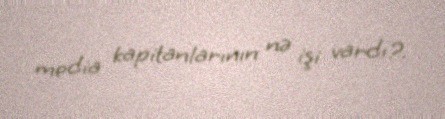
media kapitanlarının nə işi vardı?.